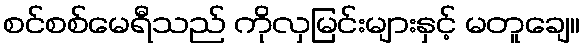
စင်စစ်မေရီသည် ကိုလှမြင်းများနှင့် မတူချေ။